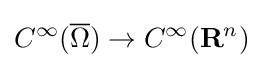
\displaystyle {C^{\infty }({\overline {\Omega }})\rightarrow C^{\infty }(\mathbf {R} ^{n})}